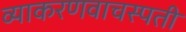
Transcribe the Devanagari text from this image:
व्याकरणवाचस्पती